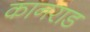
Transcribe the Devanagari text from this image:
कानराड